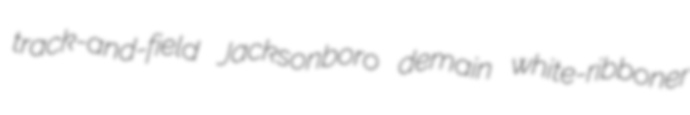
track-and-field Jacksonboro demain white-ribboner